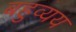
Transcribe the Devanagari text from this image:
बहुव्यय